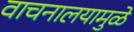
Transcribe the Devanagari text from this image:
वाचनालयामुळे